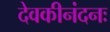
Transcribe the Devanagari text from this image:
देवकीनंदनः